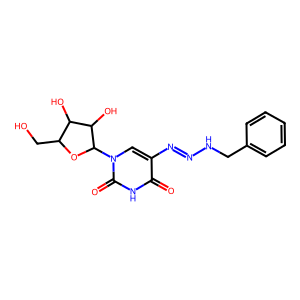
SMILES: O=c1[nH]c(=O)n(C2OC(CO)C(O)C2O)cc1N=NNCc1ccccc1
Inhibits HIV replication: No